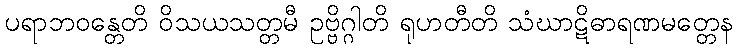
ပရာဘဝန္တေတိ ဝိသယသတ္တမီ ဥဗ္ဗိဂ္ဂါတိ ရုဟတီတိ သံဃာဋိဓာရဏမတ္တေန